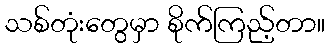
သစ်တုံးတွေမှာ စိုက်ကြည့်တာ။